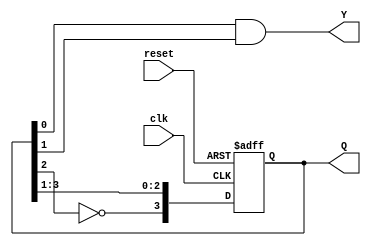
module johnson_counter (
    input wire clk,       // Clock signal
    input wire reset,     // Asynchronous reset
    output reg [n-1:0] Q, // State output
    output reg Y          // Output logic based on the current state
);
    parameter n = 4; // Number of flip-flops for the Johnson counter

    // Next state logic based on the current state
    always @(posedge clk or posedge reset) begin
        if (reset) begin
            Q <= 0; // Reset state
        end else begin
            Q <= {~Q[n-2], Q[n-1:1]}; // State transition logic
        end
    end

    // Output logic (Moore state machine)
    always @(Q) begin
        // Example output logic, can be customized
        Y = Q[0] & Q[1]; // Example output from specific states
    end

endmodule